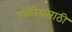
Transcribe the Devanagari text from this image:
पॉलिशसाठी